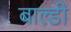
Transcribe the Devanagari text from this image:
बाल्डी